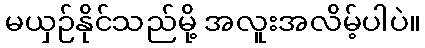
မယှဉ်နိုင်သည်မို့ အလူးအလိမ့်ပါပဲ။